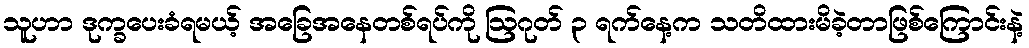
သူဟာ ဒုက္ခပေးခံရမယ့် အခြေအနေတစ်ရပ်ကို ဩဂုတ် ၃ ရက်နေ့က သတိထားမိခဲ့တာဖြစ်ကြောင်းနဲ့